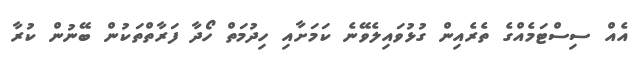
އެއް ސިސްޓަމެއްގެ ތެރެއިން ގުޅުވައިލެވޭނެ ކަމަށާއި ހިދުމަތް ހޯދާ ފަރާތްތަކުން ބޭނުން ކުރާ